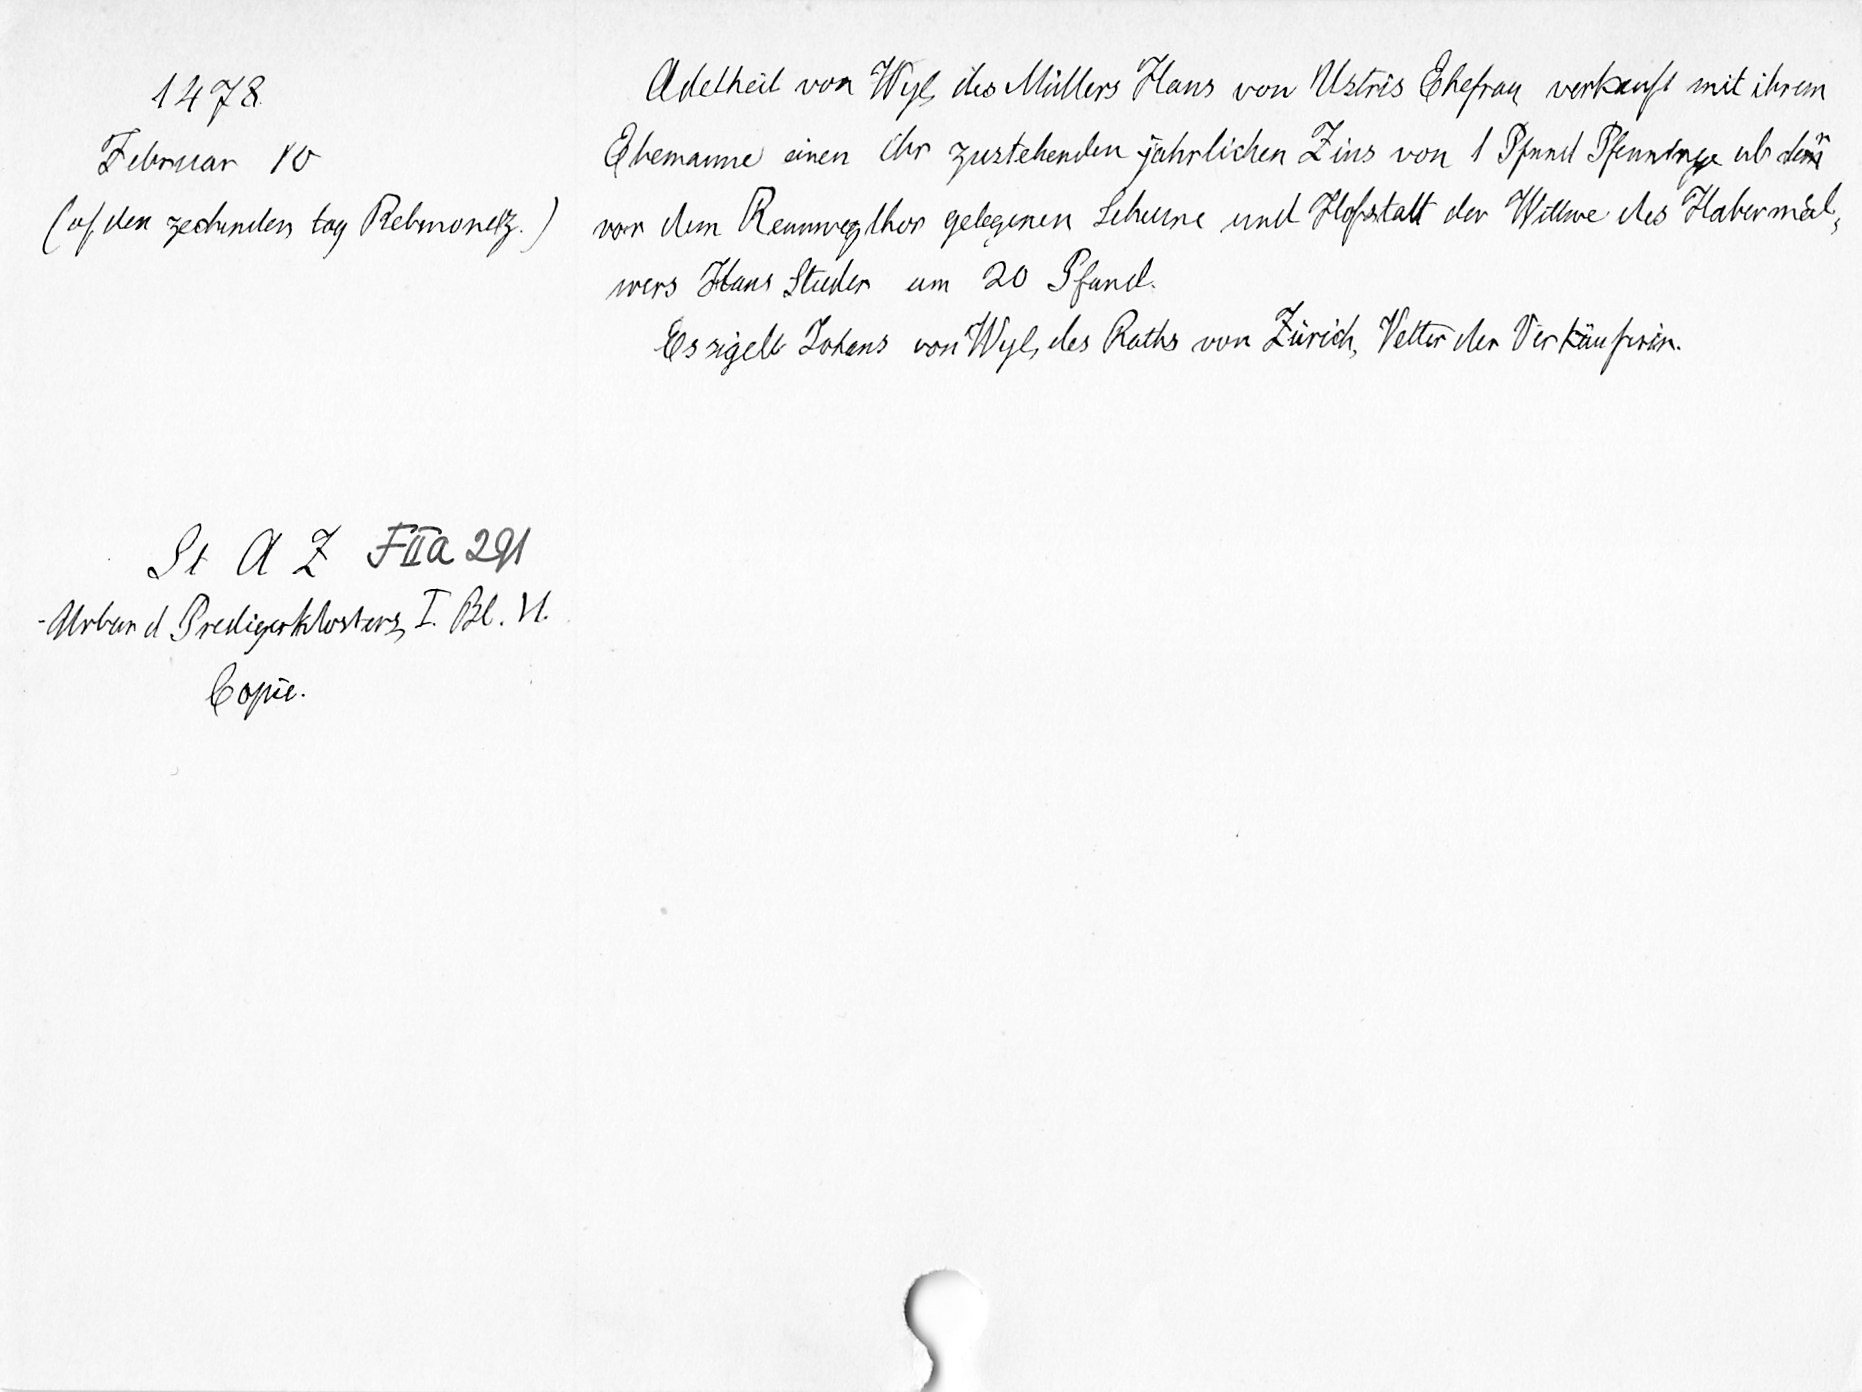
1478
Februar 10
(uf den zechenden tag Rebmonetz.)
St. A. Z. F II a 291
Urbar d. Predigerklosters, I. Bl. 11.
Copie.

Adelheid von Wyl, des Müllers Hans von Ustris Ehefrau verkauft mit ihrem
Ehemanne einen ihr zustehenden jährlichen Zins von 1 Pfund Pfenninge ab dem
vor dem Rennwegthor gelegenen Scheune und Hofstatt der Wittwe des Habermaͤl¬
wers Hans Studer um 20 Pfund.
Es sigelt Johans von Wyl, des Raths von Zürich, Vetter der Verkäuferin.